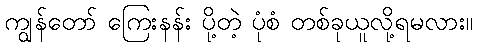
ကျွန်တော် ကြေးနန်း ပို့တဲ့ ပုံစံ တစ်ခုယူလို့ရမလား။